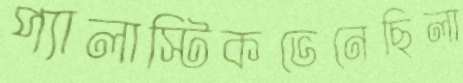
প্যালাস্টিকভেনেছিলা